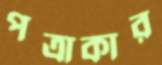
পত্রাকার